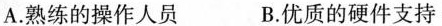
A. 熟练的操作人员 B. 优质的硬件支持